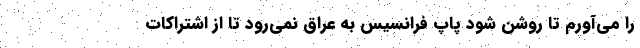
را می‌آورم تا روشن شود پاپ فرانسیس به عراق نمی‌رود تا از اشتراکات